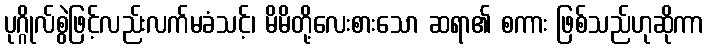
ပုဂ္ဂိုလ်စွဲဖြင့်လည်းလက်မခံသင့်၊ မိမိတို့လေးစားသော ဆရာ၏ စကား ဖြစ်သည်ဟုဆိုကာ